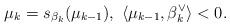
LaTeX: \begin{align*}\mu_{k} = s_{\beta_k}(\mu_{k-1}), \ \langle \mu_{k-1} , \beta_k^\vee \rangle < 0.\end{align*}